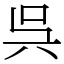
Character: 呉